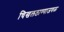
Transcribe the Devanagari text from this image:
चिखलठाण्याजवळ